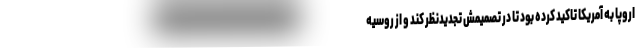
اروپا به آمریکا تاکید کرده بود تا در تصمیمش تجدیدنظر کند و از روسیه